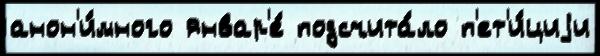
анон'и́много январ'е́ подсчита́ло п'ет'и́циjи